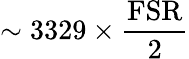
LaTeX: \sim 3329\times\frac{\textup{FSR}}{2}